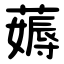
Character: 薅